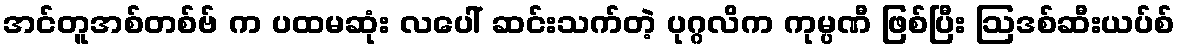
အင်တူအစ်တစ်ဗ် က ပထမဆုံး လပေါ် ဆင်းသက်တဲ့ ပုဂ္ဂလိက ကုမ္ပဏီ ဖြစ်ပြီး ဩဒစ်ဆီးယပ်စ်